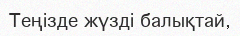
Теңізде жүзді балықтай,